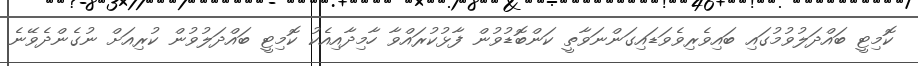
ކޮމިޓީ ބައްދަލުވުމުގައި ބައިވެރިވެވަޑައިގަންނަވާތީ ކަންބޮޑުވުން ފާޅުކުރައްވާ ހާމިދާއިއެކު ކޮމިޓީ ބައްދަލުވުން ކުރިއަށް ނުގެންދެވޭނެ